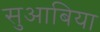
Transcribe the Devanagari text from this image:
सुआबिया